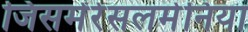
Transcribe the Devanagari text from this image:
जिसमेंरेसलमेनिया